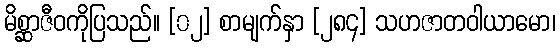
မိစ္ဆာဇီဝကိုပြသည်။ [၀၂] စာမျက်နှာ [၂၈၄] သဟဇာတဝါယာမော၊